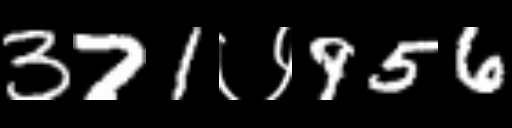
Text: 371७956